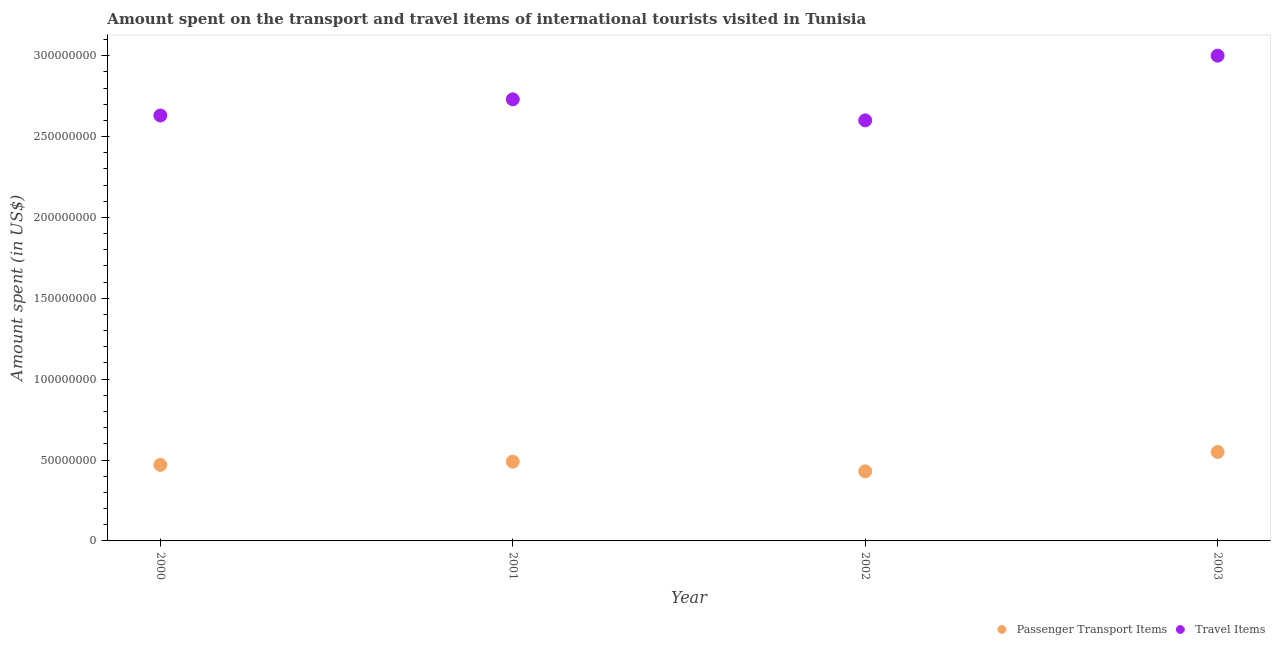
| Year | Passenger Transport Items | Travel Items |
 | --- | --- | --- |
 | 2000 | 4.7e+07 | 2.63e+08 |
 | 2001 | 4.9e+07 | 2.73e+08 |
 | 2002 | 4.3e+07 | 2.6e+08 |
 | 2003 | 5.5e+07 | 3e+08 |